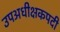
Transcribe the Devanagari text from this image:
उपअधीक्षकपदी